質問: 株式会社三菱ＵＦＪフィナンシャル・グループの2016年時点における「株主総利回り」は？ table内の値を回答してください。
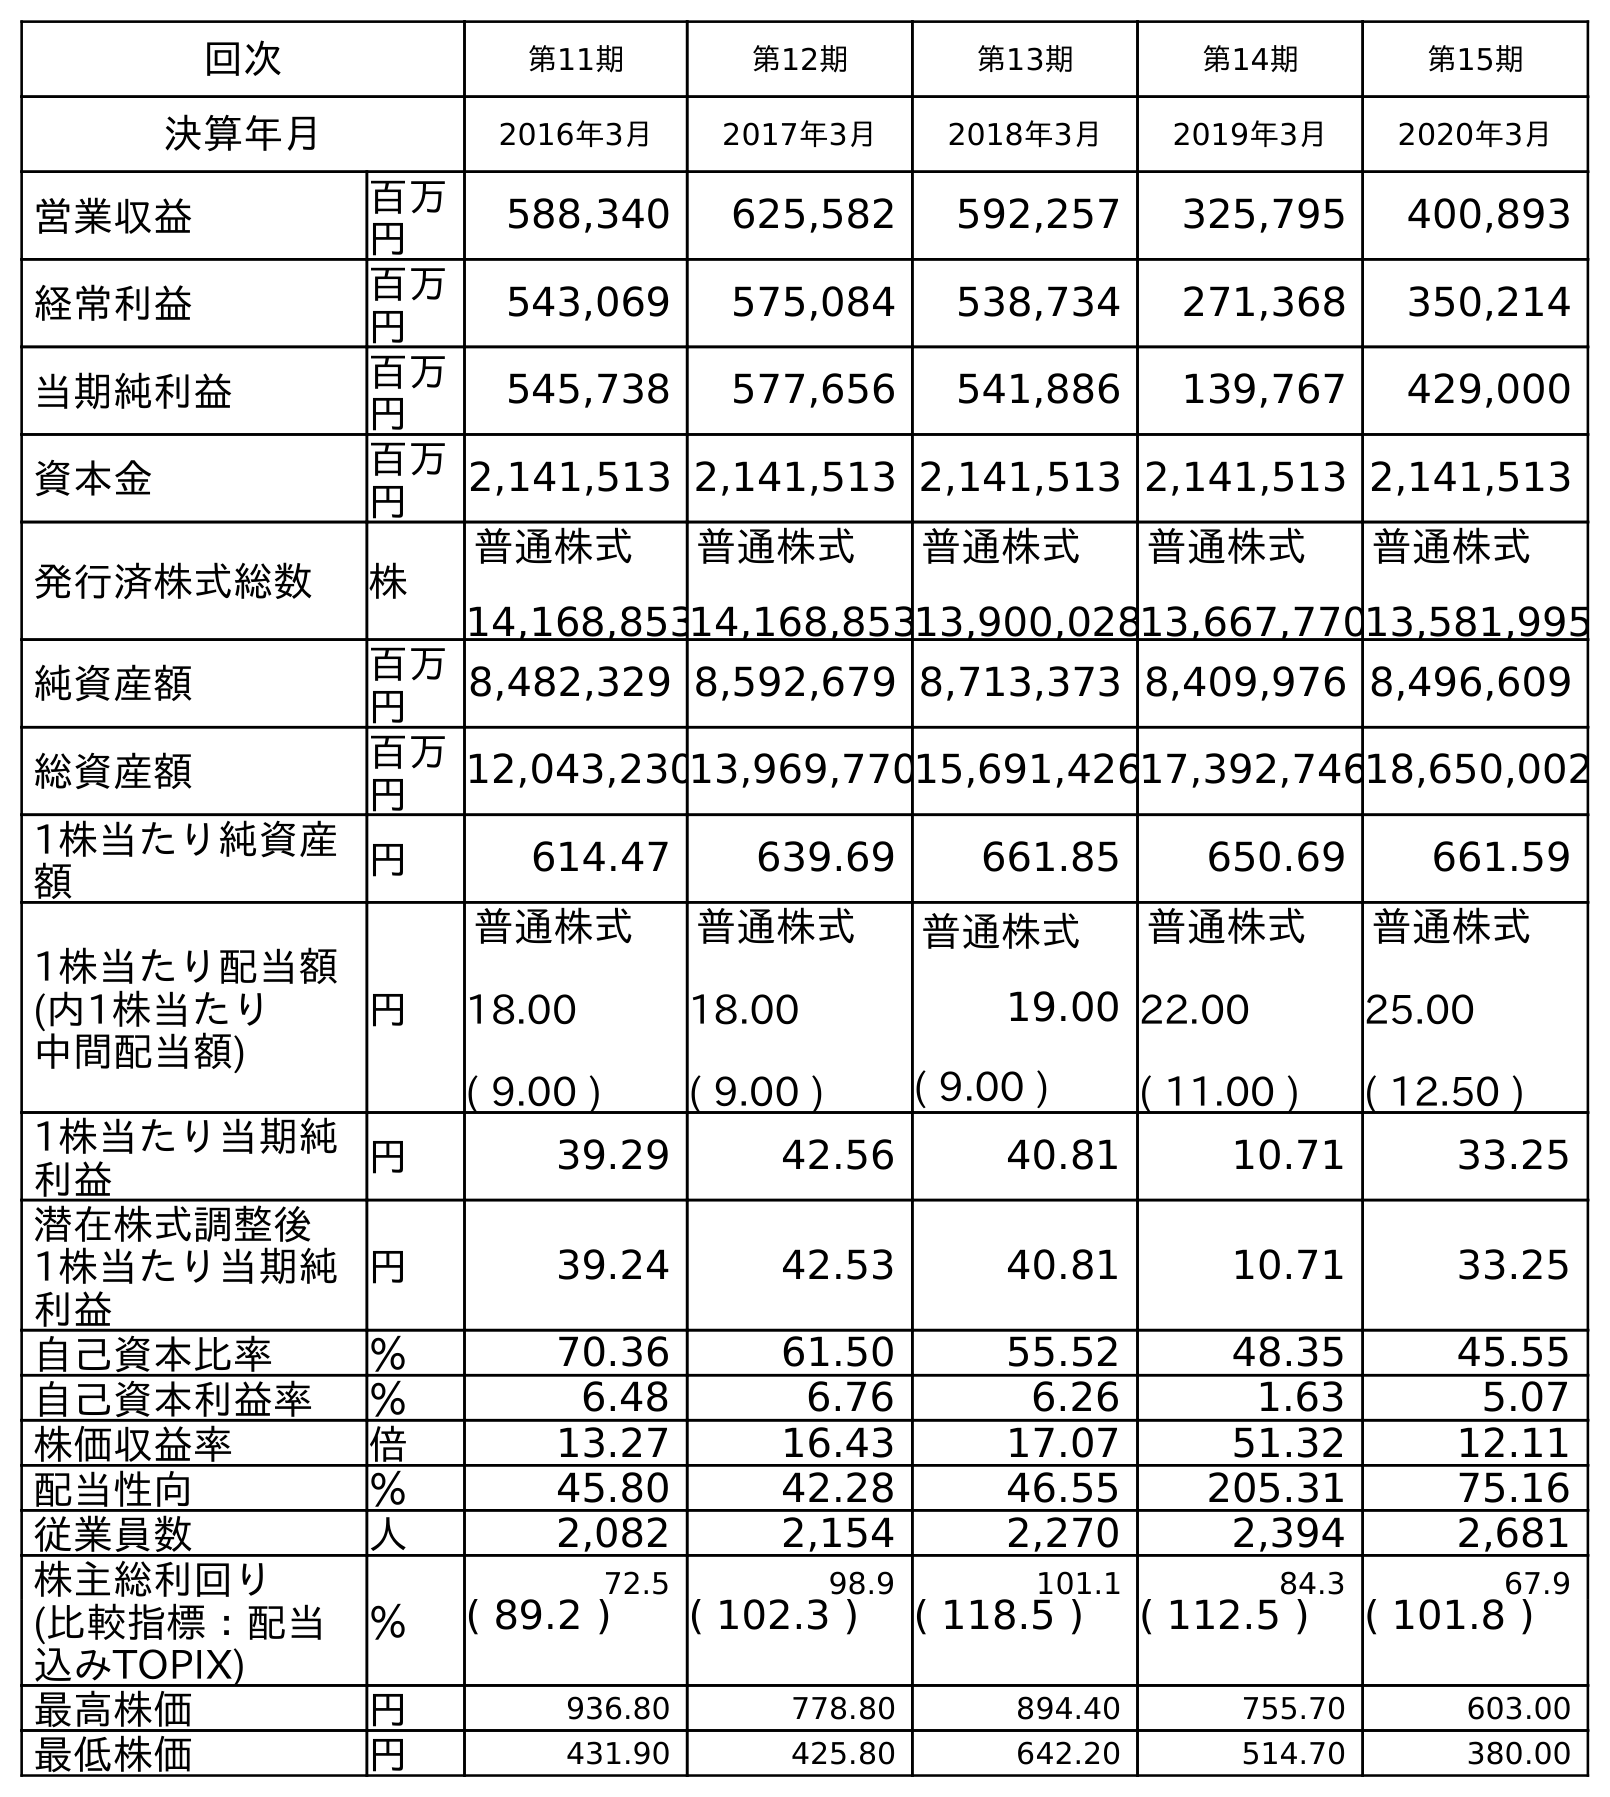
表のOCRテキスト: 回次 第11期 第12期 第13期 第14期 第15期 決算年月 2016年3月 2017年3月 2018年3月 2019年3月 2020年3月 営業収益 百万 円 588,340 625,582 592,257 325,795 400,893 経常利益 百万 円 543,069 575,084 538,734 271,368 350,214 当期純利益 百万 円 545,738 577,656 541,886 139,767 429,000 資本金 百万 円 2,141,513 2,141,513 2,141,513 2,141,513 2,141,513 発行済株式総数 株 普通株式 14,168,853 普通株式 14,168,853 普通株式 13,900,028 普通株式 13,667,770 普通株式 13,581,995 純資産額 百万 円 8,482,329 8,592,679 8,713,373 8,409,976 8,496,609 総資産額 百万 円 12,043,23013,969,77015,691,42617,392,74618,650,002 1株当たり純資産 額 円 614.47 639.69 661.85 650.69 661.59 1株当たり配当額 (内1株当たり 中間配当額) 円 普通株式 18.00 ( 9.00 ) 普通株式 18.00 ( 9.00 ) 普通株式 19.00 ( 9.00 ) 普通株式 22.00 ( 11.00 ) 普通株式 25.00 ( 12.50 ) 1株当たり当期純 利益 円 39.29 42.56 40.81 10.71 33.25 潜在株式調整後 1株当たり当期純 利益 円 39.24 42.53 40.81 10.71 33.25 自己資本比率 ％ 70.36 61.50 55.52 48.35 45.55 自己資本利益率 ％ 6.48 6.76 6.26 1.63 5.07 株価収益率 倍 13.27 16.43 17.07 51.32 12.11 配当性向 ％ 45.80 42.28 46.55 205.31 75.16 従業員数 人 2,082 2,154 2,270 2,394 2,681 株主総利回り ％ 72.5 98.9 101.1 84.3 67.9 (比較指標：配当 込みTOPIX) ( 89.2 ) ( 102.3 ) ( 118.5 ) ( 112.5 ) ( 101.8 ) 最高株価 円 936.80 778.80 894.40 755.70 603.00 最低株価 円 431.90 425.80 642.20 514.70 380.00
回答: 72.5